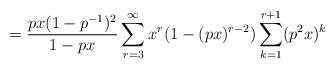
LaTeX: \begin{align*}= \frac{px(1-p^{-1})^2}{1-px} \sum_{r=3}^{\infty}x^r(1 -(px)^{r-2}) \sum_{k=1}^{r+1} (p^2x)^k\end{align*}